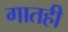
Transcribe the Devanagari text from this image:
गातही